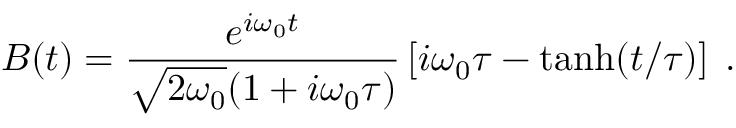
B ( t ) = \frac { { e } ^ { i \omega _ { 0 } t } } { \sqrt { 2 \omega _ { 0 } } ( 1 + i \omega _ { 0 } \tau ) } \left[ i \omega _ { 0 } \tau - \operatorname { t a n h } ( t / \tau ) \right] \; .